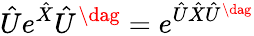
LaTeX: \hat{U}e^{\hat{X}}\hat{U}^{\dag}=e^{\hat{U}\hat{X}\hat{U}^{\dag}}